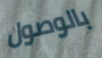
بالوصول